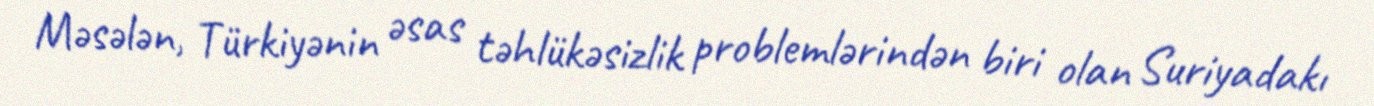
Məsələn, Türkiyənin əsas təhlükəsizlik problemlərindən biri olan Suriyadakı